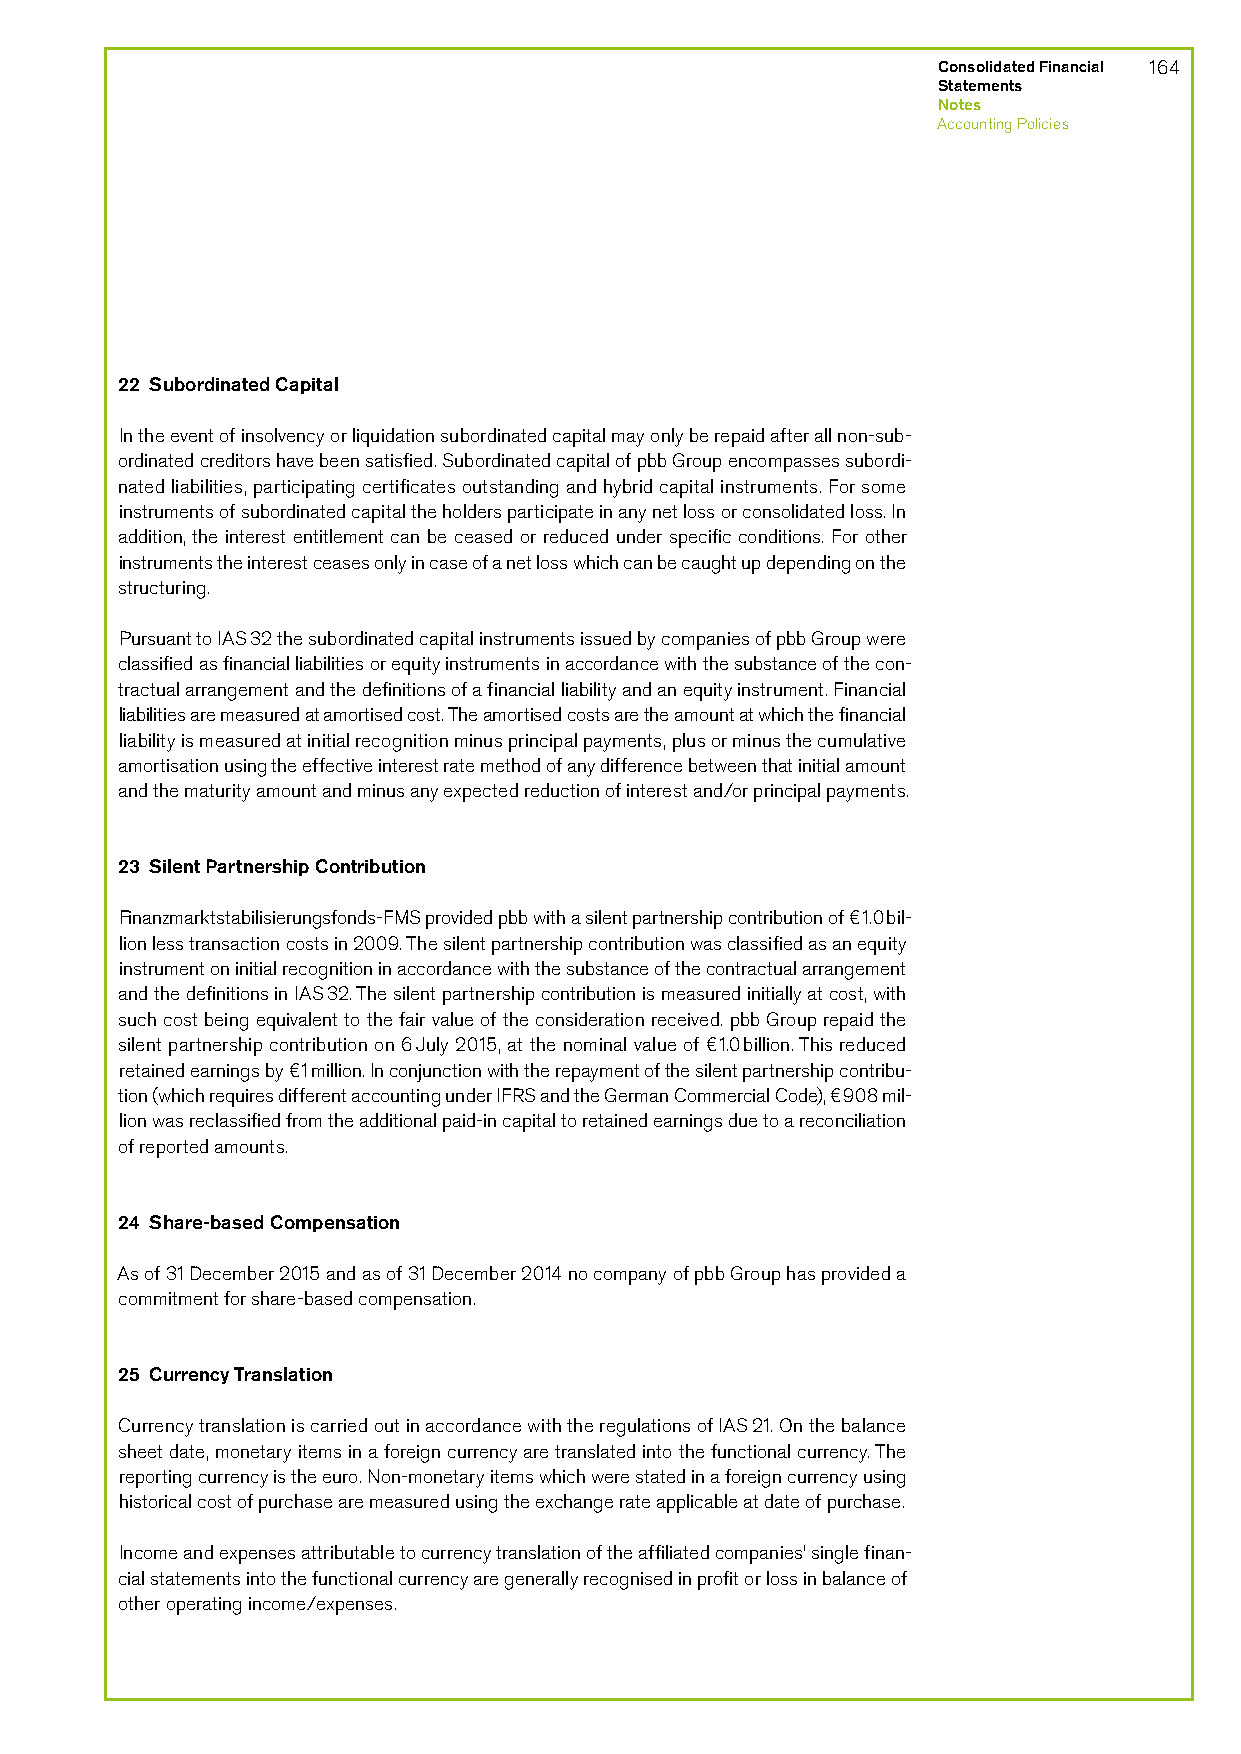
Consolidated Financial 164
 Statements
 Notes
 Accounting Policies
 22 Subordinated Capital
 In the event of insolvency or liquidation subordinated capital may only be repaid after all non-sub-
 ordinated creditors have been satisfied. Subordinated capital of pbb Group encompasses subordi-
 nated liabilities, participating certificates outstanding and hybrid capital instruments. For some
 instruments of subordinated capital the holders participate in any net loss or consolidated loss. In
 addition, the interest entitlement can be ceased or reduced under specific conditions. For other
 instruments the interest ceases only in case of a net loss which can be caught up depending on the
 structuring.
 Pursuant to IAS 32 the subordinated capital instruments issued by companies of pbb Group were
 classified as financial liabilities or equity instruments in accordance with the substance of the con-
 tractual arrangement and the definitions of a financial liability and an equity instrument. Financial
 liabilities are measured at amortised cost. The amortised costs are the amount at which the financial
 liability is measured at initial recognition minus principal payments, plus or minus the cumulative
 amortisation using the effective interest rate method of any difference between that initial amount
 and the maturity amount and minus any expected reduction of interest and/or principal payments.
 23 Silent Partnership Contribution
 Finanzmarktstabilisierungsfonds-FMS provided pbb with a silent partnership contribution of €1.0 bil-
 lion less transaction costs in 2009. The silent partnership contribution was classified as an equity
 instrument on initial recognition in accordance with the substance of the contractual arrangement
 and the definitions in IAS 32. The silent partnership contribution is measured initially at cost, with
 such cost being equivalent to the fair value of the consideration received. pbb Group repaid the
 silent partnership contribution on 6 July 2015, at the nominal value of €1.0 billion. This reduced
 retained earnings by €1 million. In conjunction with the repayment of the silent partnership contribu-
 tion (which requires different accounting under IFRS and the German Commercial Code), €908 mil-
 lion was reclassified from the additional paid-in capital to retained earnings due to a reconciliation
 of reported amounts.
 24 Share-based Compensation
 As of 31 December 2015 and as of 31 December 2014 no company of pbb Group has provided a
 commitment for share-based compensation.
 25 Currency Translation
 Currency translation is carried out in accordance with the regulations of IAS 21. On the balance
 sheet date, monetary items in a foreign currency are translated into the functional currency. The
 reporting currency is the euro. Non-monetary items which were stated in a foreign currency using
 historical cost of purchase are measured using the exchange rate applicable at date of purchase.
 Income and expenses attributable to currency translation of the affiliated companies’ single finan-
 cial statements into the functional currency are generally recognised in profit or loss in balance of
 other operating income/expenses.